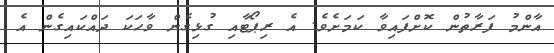
އާންމު ފަރާތުން ކޮށްފައިވާ ކަމަށެވެ. އެ ރިޕޯޓާއި ގުޅިގެން ވާހަކަ ދައްކައިގެން އެ